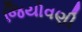
જિયોવણી